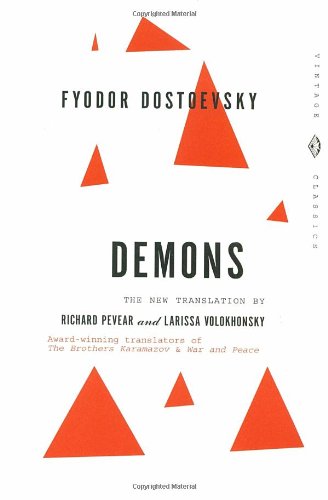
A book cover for Demons: A Novel in Three Parts (Vintage Classics); Fyodor Dostoevsky; Literature & Fiction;